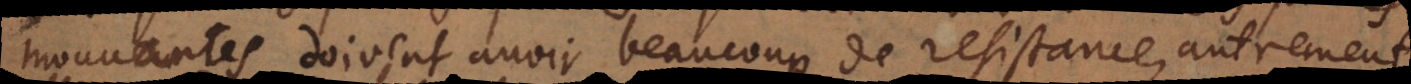
mouvantes doivent avoir beaucoup de resistance, autrement